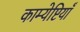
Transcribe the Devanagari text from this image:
काम्येष्टियाँ